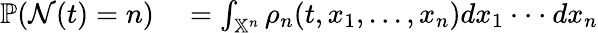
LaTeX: \begin{array}{rl}{\mathbb{P}(\mathcal{N}(t)=n)}&{{}=\int_{\mathbb{X}^{n}}\rho_{n}(t,x_{1},...,x_{n})dx_{1}\cdot\cdot\cdot dx_{n}}\end{array}